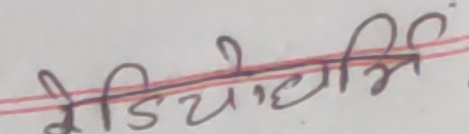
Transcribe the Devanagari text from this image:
मेडियोमिर्